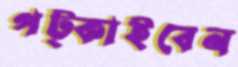
পট্‌কাইবেন